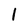
Character: 1